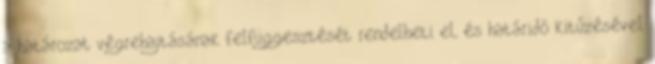
a határozat végrehajtásának felfüggesztését rendelheti el, és határidő kitűzésével